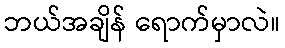
ဘယ်အချိန် ရောက်မှာလဲ။